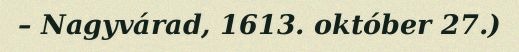
– Nagyvárad, 1613. október 27.)